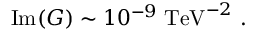
\mathrm { I m } ( G ) \sim 1 0 ^ { - 9 } \; \mathrm { T e V } ^ { - 2 } \ .